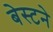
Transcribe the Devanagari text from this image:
बेस्टने